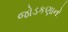
જોડકણાનો